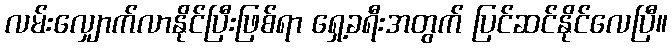
လမ်းလျှောက်လာနိုင်ပြီးဖြစ်ရာ ရှေ့ခရီးအတွက် ပြင်ဆင်နိုင်လေပြီ။